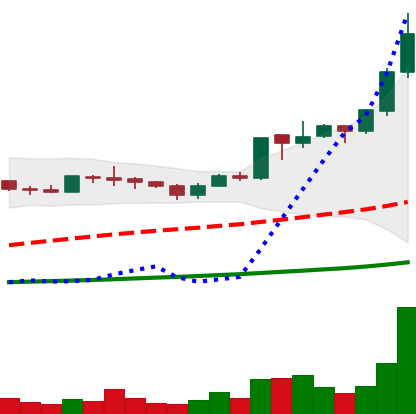
Ticker: ADA-USD
Chart end date: 2020-07-08
Forward return: -4.428%
Label: down_3_5